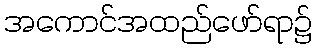
အကောင်အထည်ဖော်ရာ၌